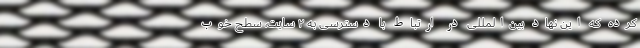
کرده که این نهاد بین‌المللی در ارتباط با دسترسی به ۲ سایت، سطح خوب